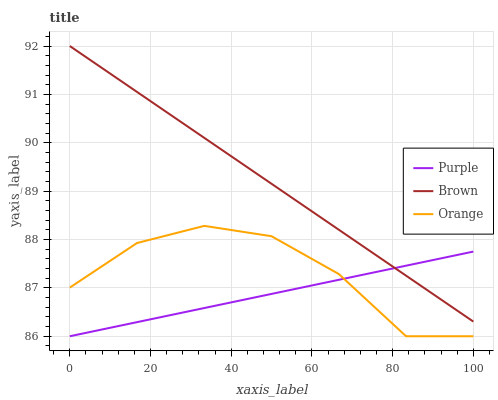
| xaxis_label | Purple | Brown | Orange |
 | --- | --- | --- | --- |
 | 0 | 86 | 92 | 87 |
 | 16.7 | 86.3 | 91.1 | 87.9 |
 | 33.3 | 86.6 | 90.1 | 88.3 |
 | 50 | 86.9 | 89.2 | 88.1 |
 | 66.7 | 87.2 | 88.2 | 87.3 |
 | 83.3 | 87.5 | 87.3 | 86 |
 | 100 | 87.8 | 86.3 | 86 |